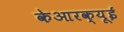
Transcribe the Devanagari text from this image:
केआरक्यूई